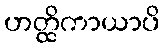
ဟတ္ထိကာယာပိ